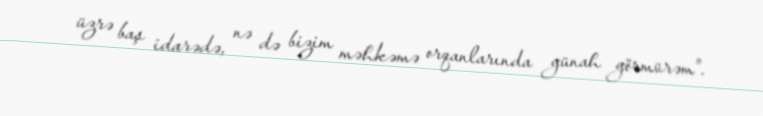
üzrə baş idarədə, nə də bizim məhkəmə orqanlarında günah görmürəm”.